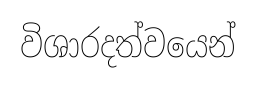
විශාරදත්වයෙන්